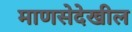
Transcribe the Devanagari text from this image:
माणसेदेखील